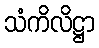
သံကိလိဋ္ဌာ